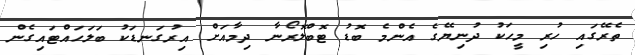
ތެރޭގައި ހުރި މީހަކު ދުނިޔޭގެ އެންމެ ބޮޑު ޓޮބްލޮރޯނާ ދިމާއަށް އިރުގަނޑަކު ބަލަހައްޓައިގެން